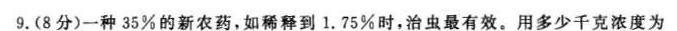
9.(8分)一种35%的新农药，如稀释到1.75%时，治虫最有效。用多少千克浓度为